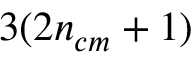
3 ( 2 { n _ { c m } } + 1 )